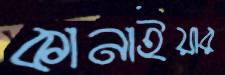
কানাইয়ার